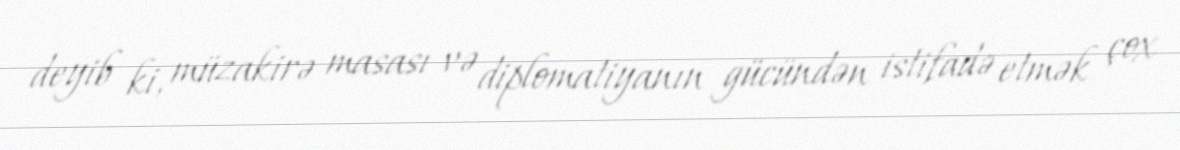
deyib ki, müzakirə masası və diplomatiyanın gücündən istifadə etmək çox